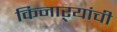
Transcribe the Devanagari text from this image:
किनाऱ्यांची